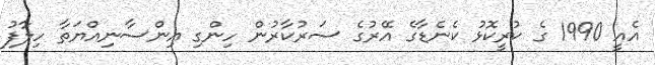
އެއީ 1990 ގެ ކުރީކޮޅު ކެނެޑާގެ އޭރުގެ ސަރުކާރުން ހިންގި އިންސާނިއްޔަތާ ހިލާފު